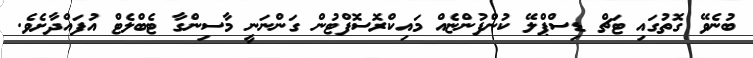
ބުނެވޭ ގޮތުގައި ޓަޗް ޑިސްޕްލޭ ކުންފުންޏެއް މައިކްރޮސޮފްޓުން ގަންނަނީ މާސިންގާ ޓެބްލެޓް އުފައްދާށެވެ.